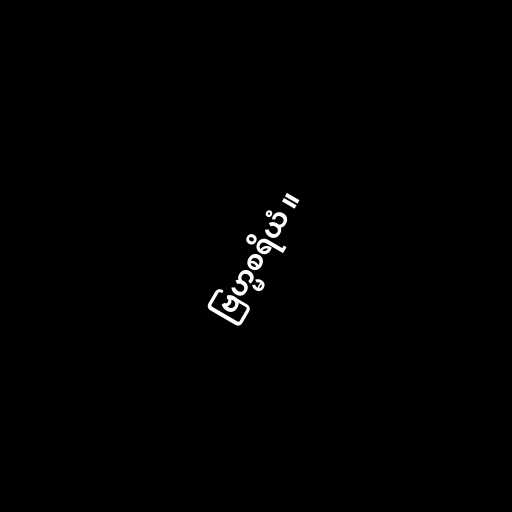
ဗြဟ္မစရိယံ ။